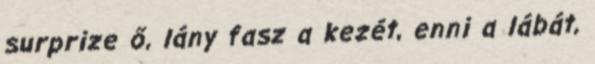
surprize ő, lány fasz a kezét, enni a lábát,